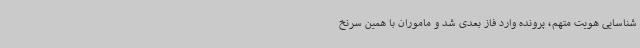
شناسایی هویت متهم، پرونده وارد فاز بعدی شد و ماموران با همین سرنخ